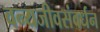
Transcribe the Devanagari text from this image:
वन्यजीवसंवर्धन